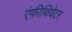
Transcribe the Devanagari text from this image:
एंफ़ीथियेटर